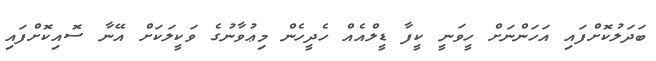
ބަދަލުކޮށްފައި އަހަންނަށް ހީވަނީ ކީފާ ޑީލްއެއް ހެދީހެން މިޢުވާނުގެ ވަކީލަކަށް އޭނާ ސޮއިކޮށްފައި